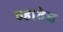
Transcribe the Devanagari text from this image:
व्हावेच